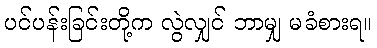
ပင်ပန်းခြင်းတို့က လွဲလျှင် ဘာမျှ မခံစားရ။